Scottish Leaving Certificate Examination, 1957
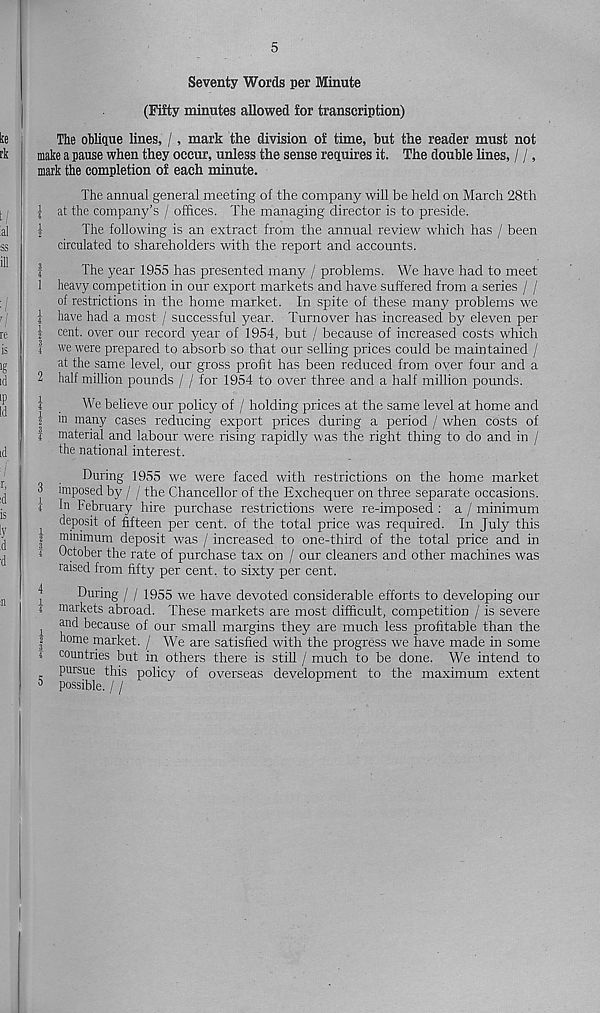
5
Seventy Words per Minute
(Fifty minutes allowed for transcription)
The oblique lines, /, mark the division of time, but the reader must not
make a pause when they occur, unless the sense requires it. The double lines, / /,
mark the completion of each minute.
The annual general meeting of the company will be held on March 28th
| at the company’s / offices. The managing director is to preside.
|
The following is an extract from the annual review which has / been
circulated to shareholders with the report and accounts.
|
The year 1955 has presented many / problems. We have had to meet
1 heavy competition in our export markets and have suffered from a series / /
of restrictions in the home market. In spite of these many problems we
1 have had a most / successful year. Turnover has increased by eleven per
| cent, over our record year of 1954, but / because of increased costs which
! we were prepared to absorb so that our selling prices could be maintained /
at the same level, our gross profit has been reduced from over four and a
2 half million pounds / / for 1954 to over three and a half million pounds.
1
We believe our policy of / holding prices at the same level at home and
i 111 many cases reducing export prices during a period / when costs of
I material and labour were rising rapidly was the right thing to do and in /
the national interest.
During 1955 we were faced with restrictions on the home market
3 imposed by / / the Chancellor of the Exchequer on three separate occasions,
i In February hire purchase restrictions were re-imposed : a / minimum
j deposit of fifteen per cent, of the total price was required. In July this
| minimum deposit was / increased to one-third of the total price and in
i October the rate of purchase tax on / our cleaners and other machines was
raised from fifty per cent, to sixty per cent.
I
During / / 1955 we have devoted considerable efforts to developing our
i markets abroad. These markets are most difficult, competition / is severe
i
and because of our small margins they are much less profitable than the
| home market. / We are satisfied with the progress we have made in some
i countries but in others there is still / much to be done. We intend to
c
P urs ue this policy of overseas development to the maximum extent
5
possible. / /